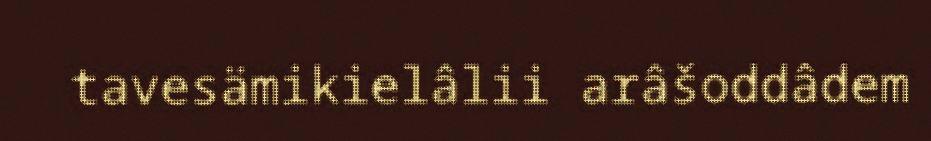
tavesämikielâlii arâšoddâdem